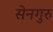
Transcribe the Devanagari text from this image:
सेनगुरु